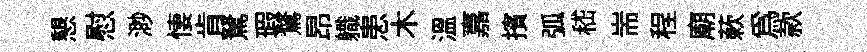
懇慰渺悽肯駑瑕鶩昂軄患木温嘉擯弧嵇耑程廟蔌爲款